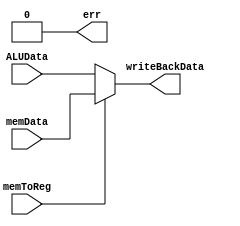
module writeBack(memData, ALUData, memToReg, writeBackData, err);

    input [15:0] memData;
    input [15:0] ALUData;
    input memToReg;
    
    output [15:0] writeBackData;

    output err;

    assign err = 1'b0;

    assign writeBackData = memToReg ? memData : ALUData;

endmodule